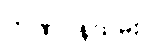
ဘဏ်ဝန်ထမ်း